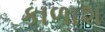
કાળાશ